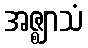
အဇ္ဈာသံ